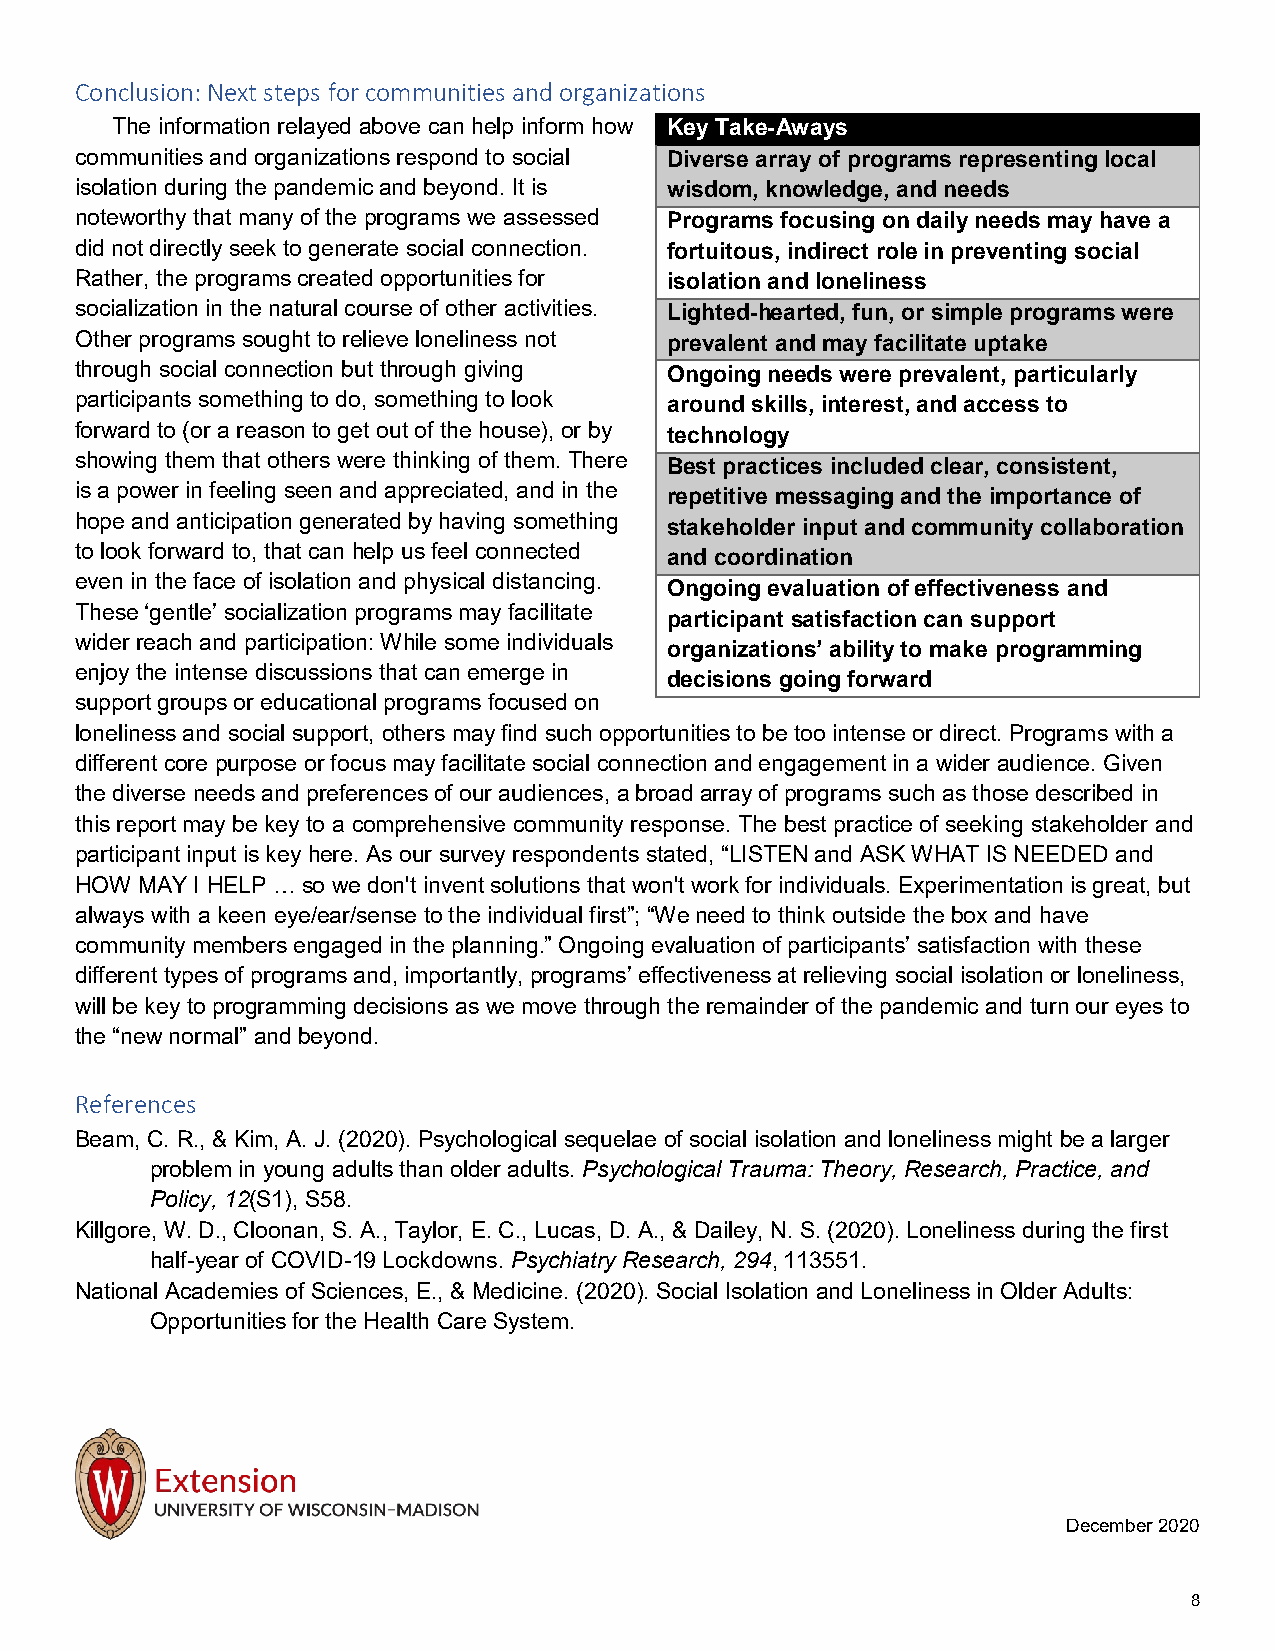
Conclusion: Next steps for communities and organizations
 The information relayed above can help inform how Key Take-Aways
 communities and organizations respond to social Diverse array of programs representing local
 isolation during the pandemic and beyond. It is wisdom, knowledge, and needs
 noteworthy that many of the programs we assessed Programs focusing on daily needs may have a
 did not directly seek to generate social connection. fortuitous, indirect role in preventing social
 Rather, the programs created opportunities for isolation and loneliness
 socialization in the natural course of other activities. Lighted-hearted, fun, or simple programs were
 Other programs sought to relieve loneliness not prevalent and may facilitate uptake
 through social connection but through giving Ongoing needs were prevalent, particularly
 participants something to do, something to look around skills, interest, and access to
 forward to (or a reason to get out of the house), or by
 technology
 showing them that others were thinking of them. There
 Best practices included clear, consistent,
 is a power in feeling seen and appreciated, and in the
 repetitive messaging and the importance of
 hope and anticipation generated by having something
 stakeholder input and community collaboration
 to look forward to, that can help us feel connected
 and coordination
 even in the face of isolation and physical distancing.
 Ongoing evaluation of effectiveness and
 These ‘gentle’ socialization programs may facilitate
 participant satisfaction can support
 wider reach and participation: While some individuals
 organizations’ ability to make programming
 enjoy the intense discussions that can emerge in
 decisions going forward
 support groups or educational programs focused on
 loneliness and social support, others may find such opportunities to be too intense or direct. Programs with a
 different core purpose or focus may facilitate social connection and engagement in a wider audience. Given
 the diverse needs and preferences of our audiences, a broad array of programs such as those described in
 this report may be key to a comprehensive community response. The best practice of seeking stakeholder and
 participant input is key here. As our survey respondents stated, “LISTEN and ASK WHAT IS NEEDED and
 HOW MAY I HELP … so we don't invent solutions that won't work for individuals. Experimentation is great, but
 always with a keen eye/ear/sense to the individual first”; “We need to think outside the box and have
 community members engaged in the planning.” Ongoing evaluation of participants’ satisfaction with these
 different types of programs and, importantly, programs’ effectiveness at relieving social isolation or loneliness,
 will be key to programming decisions as we move through the remainder of the pandemic and turn our eyes to
 the “new normal” and beyond.
 References
 Beam, C. R., & Kim, A. J. (2020). Psychological sequelae of social isolation and loneliness might be a larger
 problem in young adults than older adults. Psychological Trauma: Theory, Research, Practice, and
 Policy, 12(S1), S58.
 Killgore, W. D., Cloonan, S. A., Taylor, E. C., Lucas, D. A., & Dailey, N. S. (2020). Loneliness during the first
 half-year of COVID-19 Lockdowns. Psychiatry Research, 294, 113551.
 National Academies of Sciences, E., & Medicine. (2020). Social Isolation and Loneliness in Older Adults:
 Opportunities for the Health Care System.
 December 2020
 8